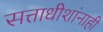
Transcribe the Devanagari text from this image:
सत्ताधीशांनाही